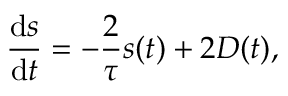
\frac { \mathrm { d } s } { \mathrm { d } t } = - \frac { 2 } { \tau } s ( t ) + 2 D ( t ) ,